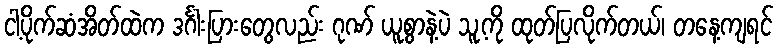
ငါ့ပိုက်ဆံအိတ်ထဲက ဒင်္ဂါးပြားတွေလည်း ဂုဏ် ယူစွာနဲ့ပဲ သူ့ကို ထုတ်ပြလိုက်တယ်၊ တနေ့ကျရင်